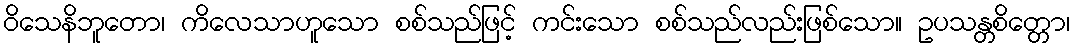
ဝိသေနိဘူတော၊ ကိလေသာဟူသော စစ်သည်ဖြင့် ကင်းသော စစ်သည်လည်းဖြစ်သော။ ဥပသန္တစိတ္တော၊